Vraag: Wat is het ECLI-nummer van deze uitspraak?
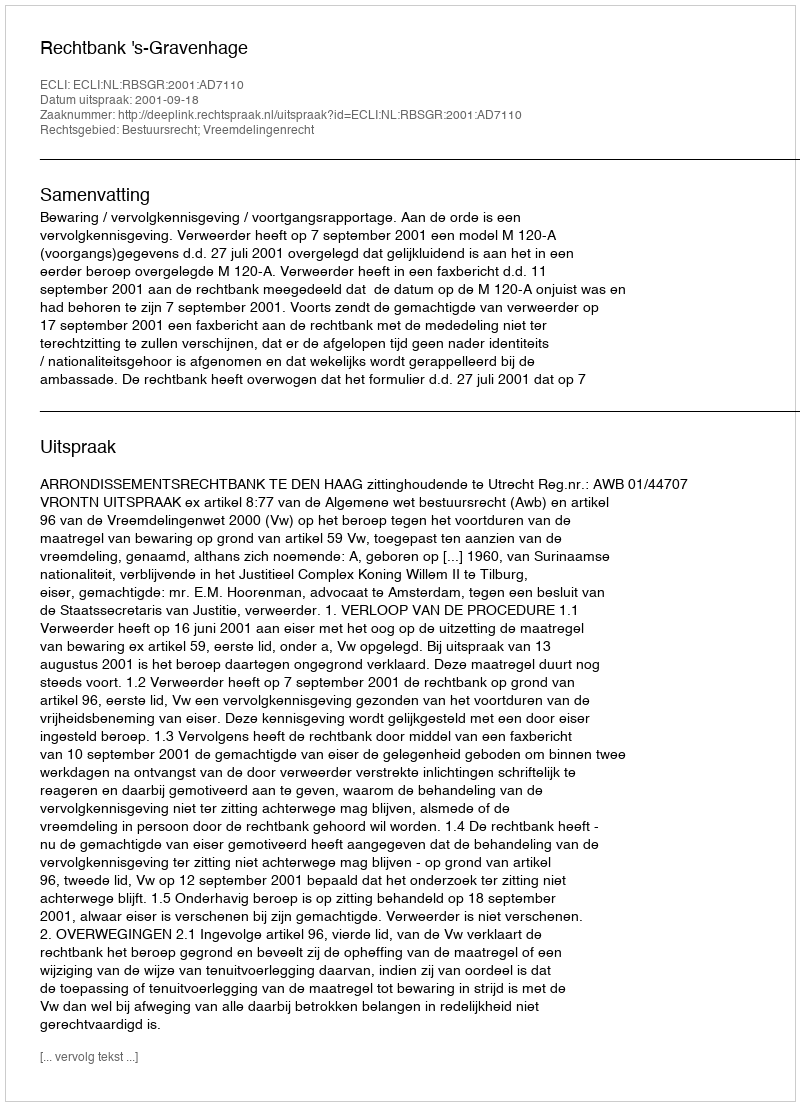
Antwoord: ECLI:NL:RBSGR:2001:AD7110